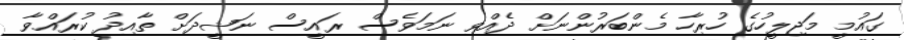
ގައުމީ މަޖިލީހުގެ ހުރިހާ މެންބަރުންނަށް ދެއްވި ނަމަވެސް ރައީސް ނަޝީދަށް ތާއިދު ކުރައްވާ